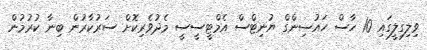
ވިލިގިލީގައި 10 ހާސް ހައުސިންގް ޔުނިޓްސް އެމްޓީސީސީ މެދުވެރިކޮށް ސަރުކާރުން ބިނާ ކުރުމުން